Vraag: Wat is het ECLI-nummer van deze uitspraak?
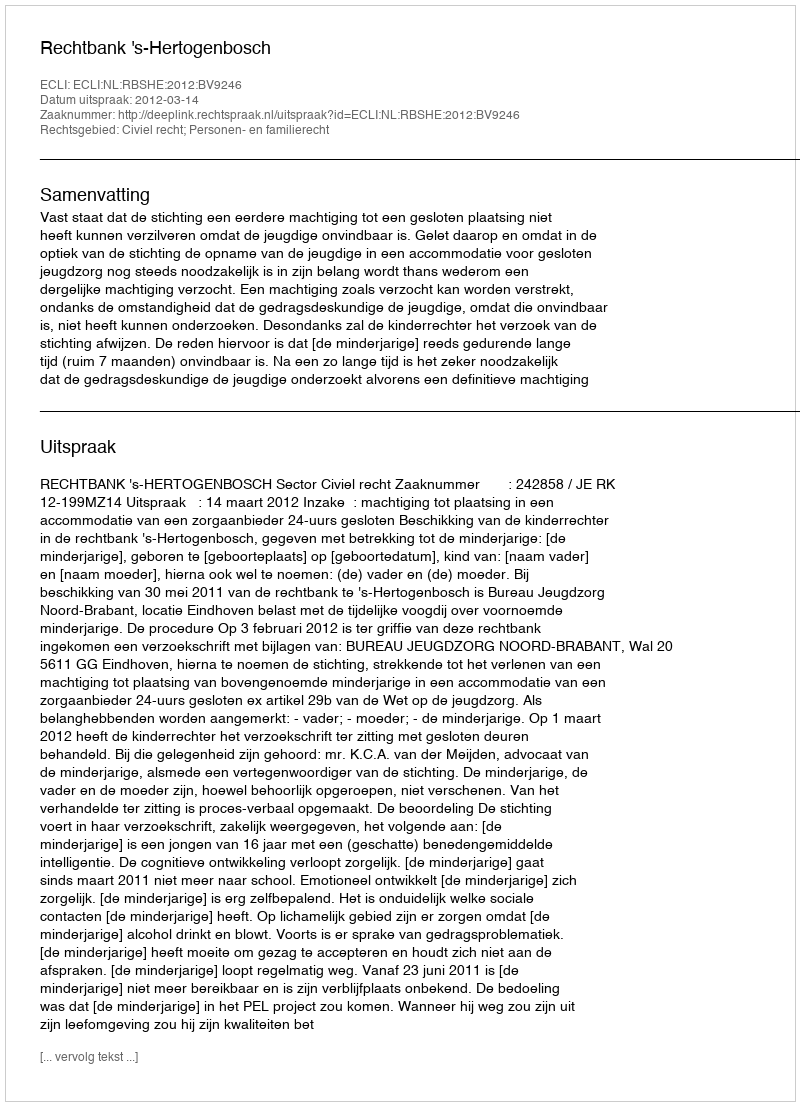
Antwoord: ECLI:NL:RBSHE:2012:BV9246